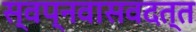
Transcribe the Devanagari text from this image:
स्वप्नवासवदत्त